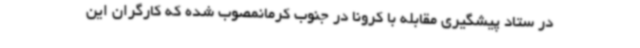
در ستاد پیشگیری مقابله با کرونا در جنوب کرمانمصوب شده که کارگران این